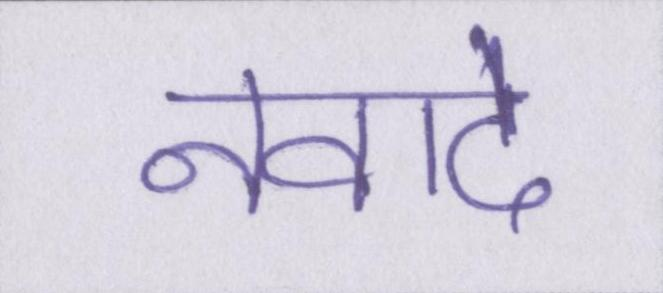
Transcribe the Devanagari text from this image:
नवादे